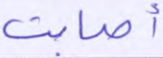
أصابت